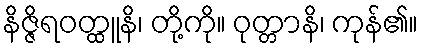
နိဇ္ဇိရဝတ္ထူနိ၊ တို့ကို။ ဝုတ္တာနိ၊ ကုန်၏။